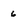
Character: 6